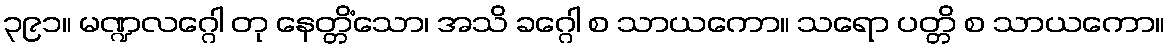
၃၉၁။ မဏ္ဍလဂ္ဂေါ တု နေတ္တိံသော၊ အသိ ခဂ္ဂေါ စ သာယကော။ သရော ပတ္တိ စ သာယကော။